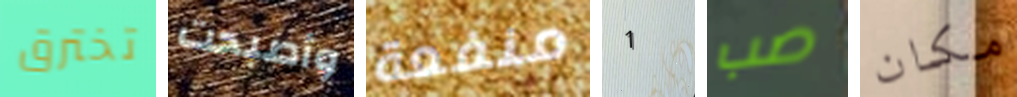
تخترق وأصبحت منفعة 1 صب مكان